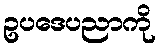
ဥပဒေပညာကို